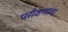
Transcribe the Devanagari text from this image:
परीक्षणाचा